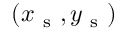
( x _ { \mathrm { ~ s ~ } } , y _ { \mathrm { ~ s ~ } } )